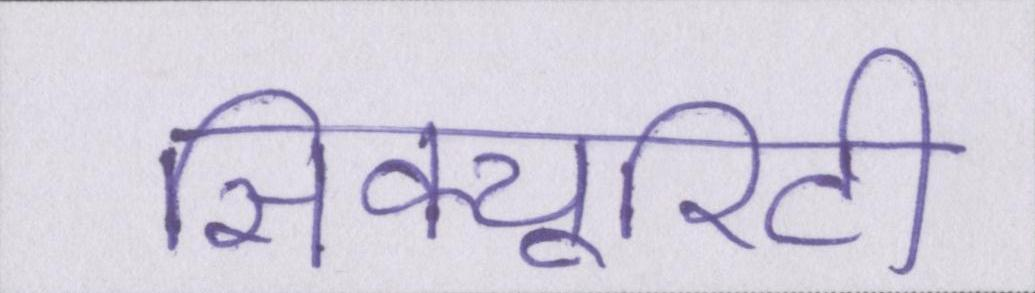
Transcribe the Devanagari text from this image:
सिक्यूरिटी